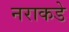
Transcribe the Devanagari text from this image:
नराकडे